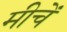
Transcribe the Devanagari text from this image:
मीचें